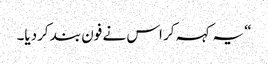
“ یہ کہہ کر اس نے فون بند کردیا۔